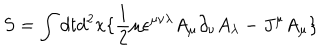
S = \int d t d ^ { 2 } x \lbrace \frac { 1 } { 2 } \mu \epsilon ^ { \mu \nu \lambda } A _ { \mu } \partial _ { \nu } A _ { \lambda } - J ^ { \mu } A _ { \mu } \rbrace